Vaccination in Bombay 1856-1862 - 1856-1862
Year: 1856
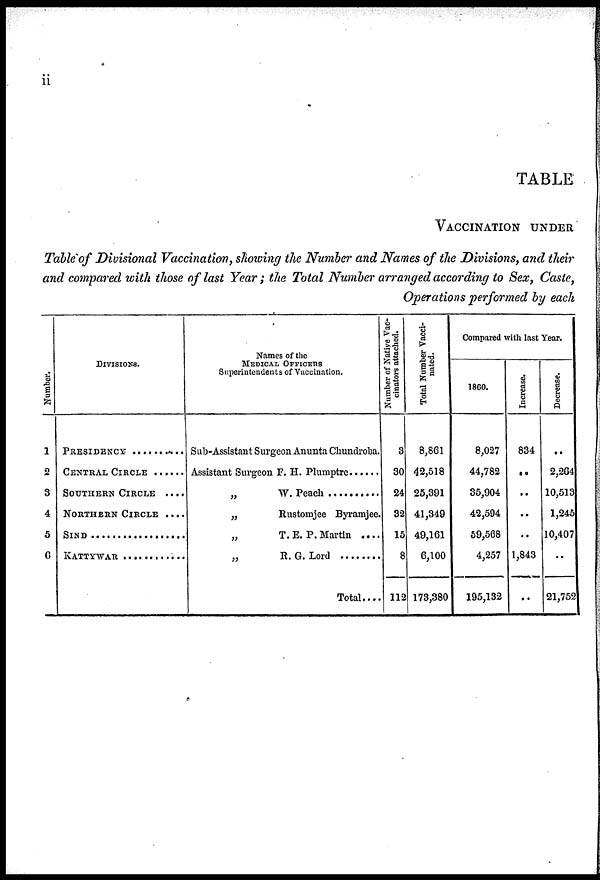
ii
TABLE
VACCINATION UNDER
Table of Divisional Vaccination, showing the Number and Names of the Divisions, and their
and compared with those of last Year; the Total Number arranged according to Sex, Caste,
Operations performed by each
Number.
1
2
3
4
5
6
DIVISIONS.
PRESIDENCY ..........
CENTRAL CIRCLE ......
SOUTHERN CIRCLE ....
NORTHERN CIRCLE ....
SIND ..................
KATTYWAR ..........
Names of the
MEDICAL OFFICERS
Superintendents of Vaccination.
Sub-Assistant Surgeon Anunta Chundroba.
Assistant Surgeon F. H. Plumptre ......
„ W. Peach .........
„
Rustomjee Byramjee.
„
T.E. P. Martin ....
„ R.G. Lord ........
Total....
Number of Native Vac-
cinators attached.
3
30
24
32
15
8
112
Total Number Vacci-
nated.
8,861
42,518
25,391
41,349
49,161
6,100
173,380
Compared with last Year.
1860.
8,027
44,782
35,904
42,594
59,568
4,257
195,132
Increase.
834
..
..
..
..
1,843
..
Decrease.
..
2,264
10,513
1,245
10,407
..
21,752